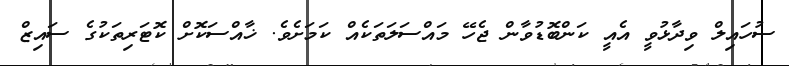
ސުހައިލް ވިދާޅުވީ އެއީ ކަންބޮޑުވާން ޖެހޭ މައްސަލަތަކެއް ކަމަށެވެ. ޚާއްސަކޮށް ކޮޓަރިތަކުގެ ސައިޒް